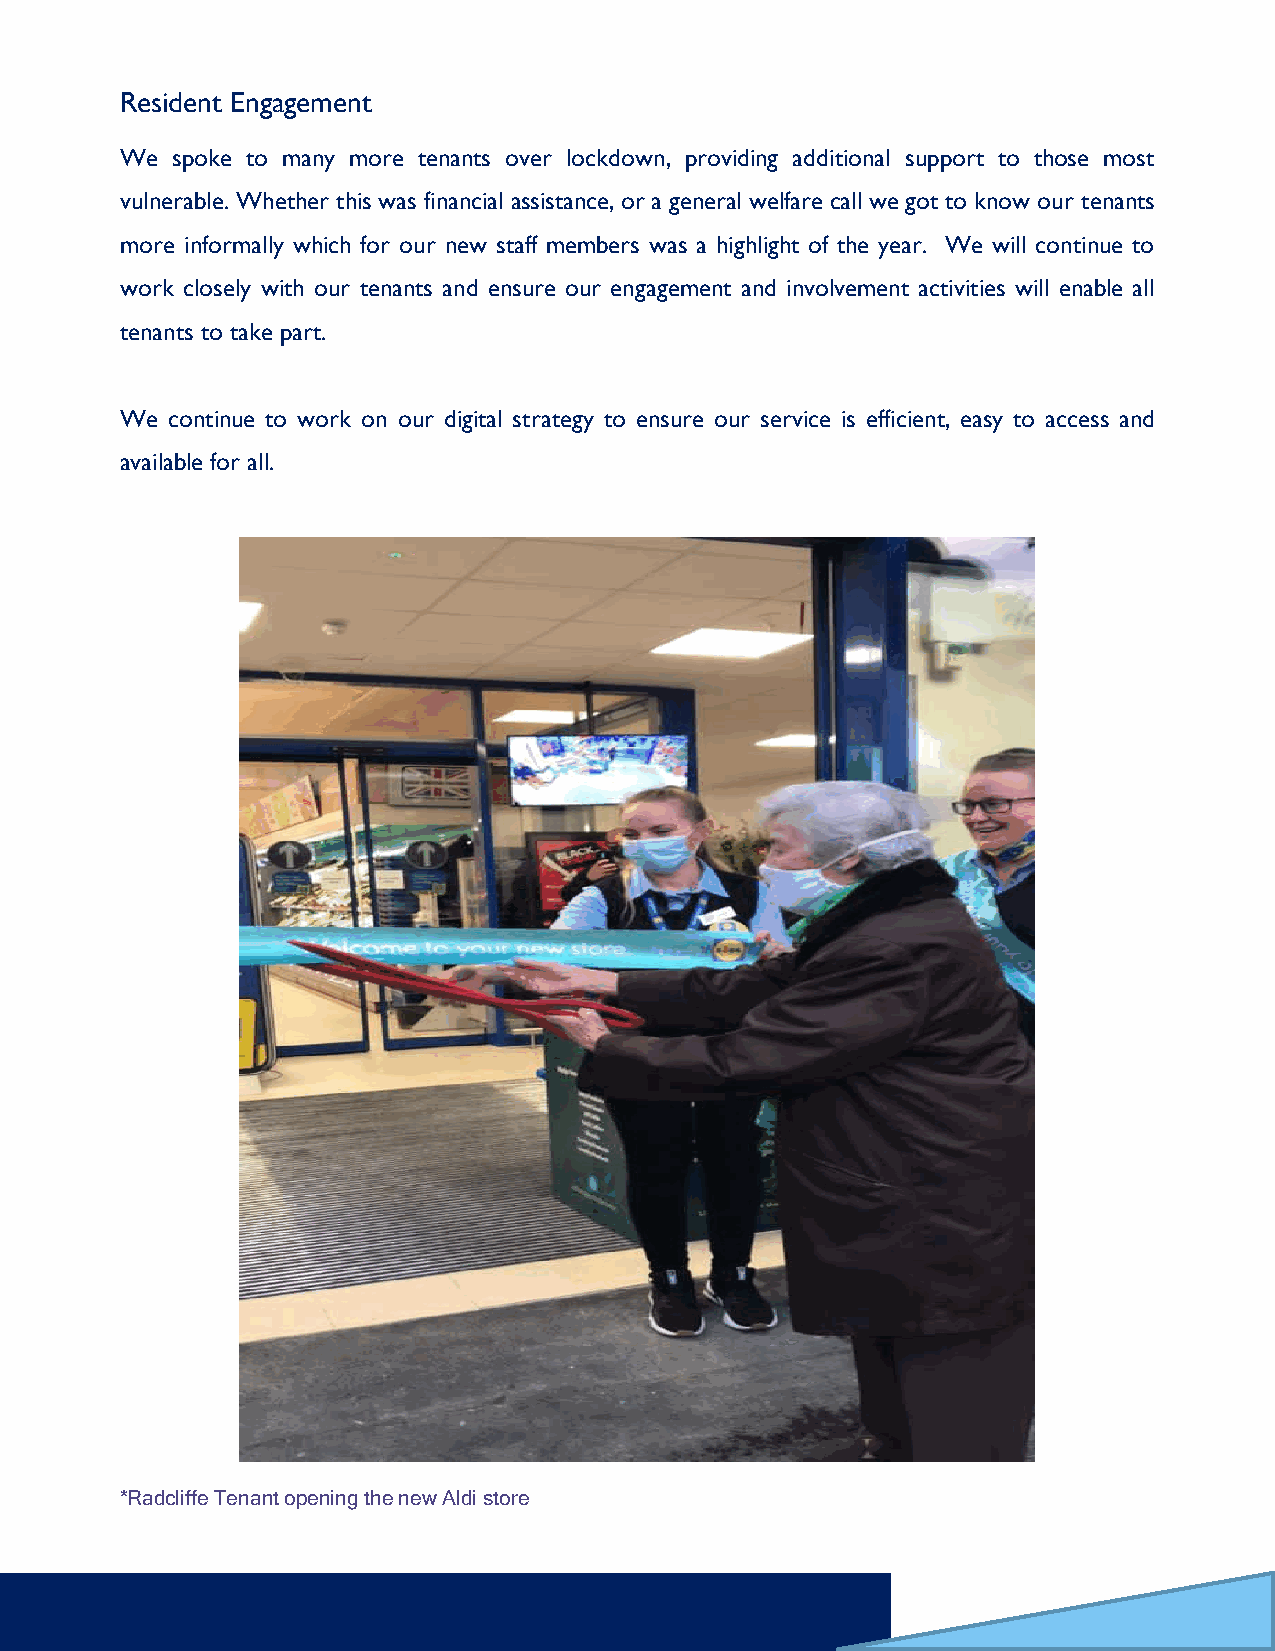
Resident Engagement
 We spoke to many more tenants over lockdown, providing additional support to those most
 vulnerable. Whether this was financial assistance, or a general welfare call we got to know our tenants
 more informally which for our new staff members was a highlight of the year. We will continue to
 work closely with our tenants and ensure our engagement and involvement activities will enable all
 tenants to take part.
 We continue to work on our digital strategy to ensure our service is efficient, easy to access and
 available for all.
 *Radcliffe Tenant opening the new Aldi store